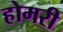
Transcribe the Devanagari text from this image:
होमरी